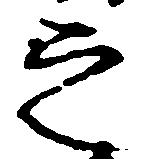
之